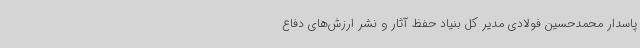
پاسدار محمدحسین فولادی مدیر کل بنیاد حفظ آثار و نشر ارزش‌های دفاع